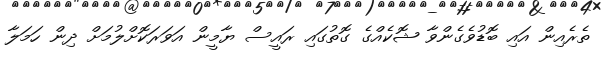
ތެރެއިން އައި ބޮޑުވެގެންވާ ޝޮކެއްގެ ގޮތުގައި ރައީސް ޔާމީން އަވަރަކޮށްލުމަށް ދިން ހަމަލާ